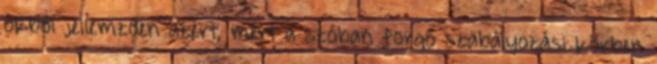
okból jellemzően azért, mert a szóban forgó szabályozási körben